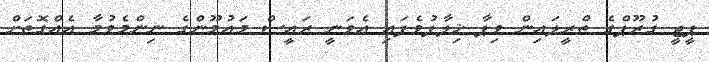
ޕީޖީ ގުރޫޕްގެ ތްރީލައިން ވިޕާ ޚިލާފުވެފައި އެވަނީ ރައީސް މައުމޫންގެ ނިންމެވުމާ އެއްގޮތަށް